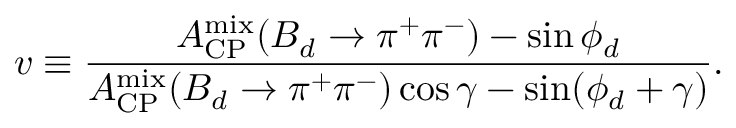
v \equiv \frac { { \cal A } _ { \mathrm { C P } } ^ { \mathrm { m i x } } ( B _ { d } \to \pi ^ { + } \pi ^ { - } ) - \sin \phi _ { d } } { { \cal A } _ { \mathrm { C P } } ^ { \mathrm { m i x } } ( B _ { d } \to \pi ^ { + } \pi ^ { - } ) \cos \gamma - \sin ( \phi _ { d } + \gamma ) } .